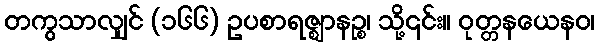
တကွသာလျှင် (၁၆၆) ဥပစာရဇ္ဈာနဉ္စ၊ သို့၎င်း။ ဝုတ္တနယေနဝ၊